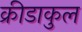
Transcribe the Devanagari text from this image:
क्रीडाकुल